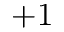
+ 1